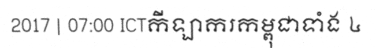
2017 | 07:00 ICTកីឡាករកម្ពុជាទាំង ៤